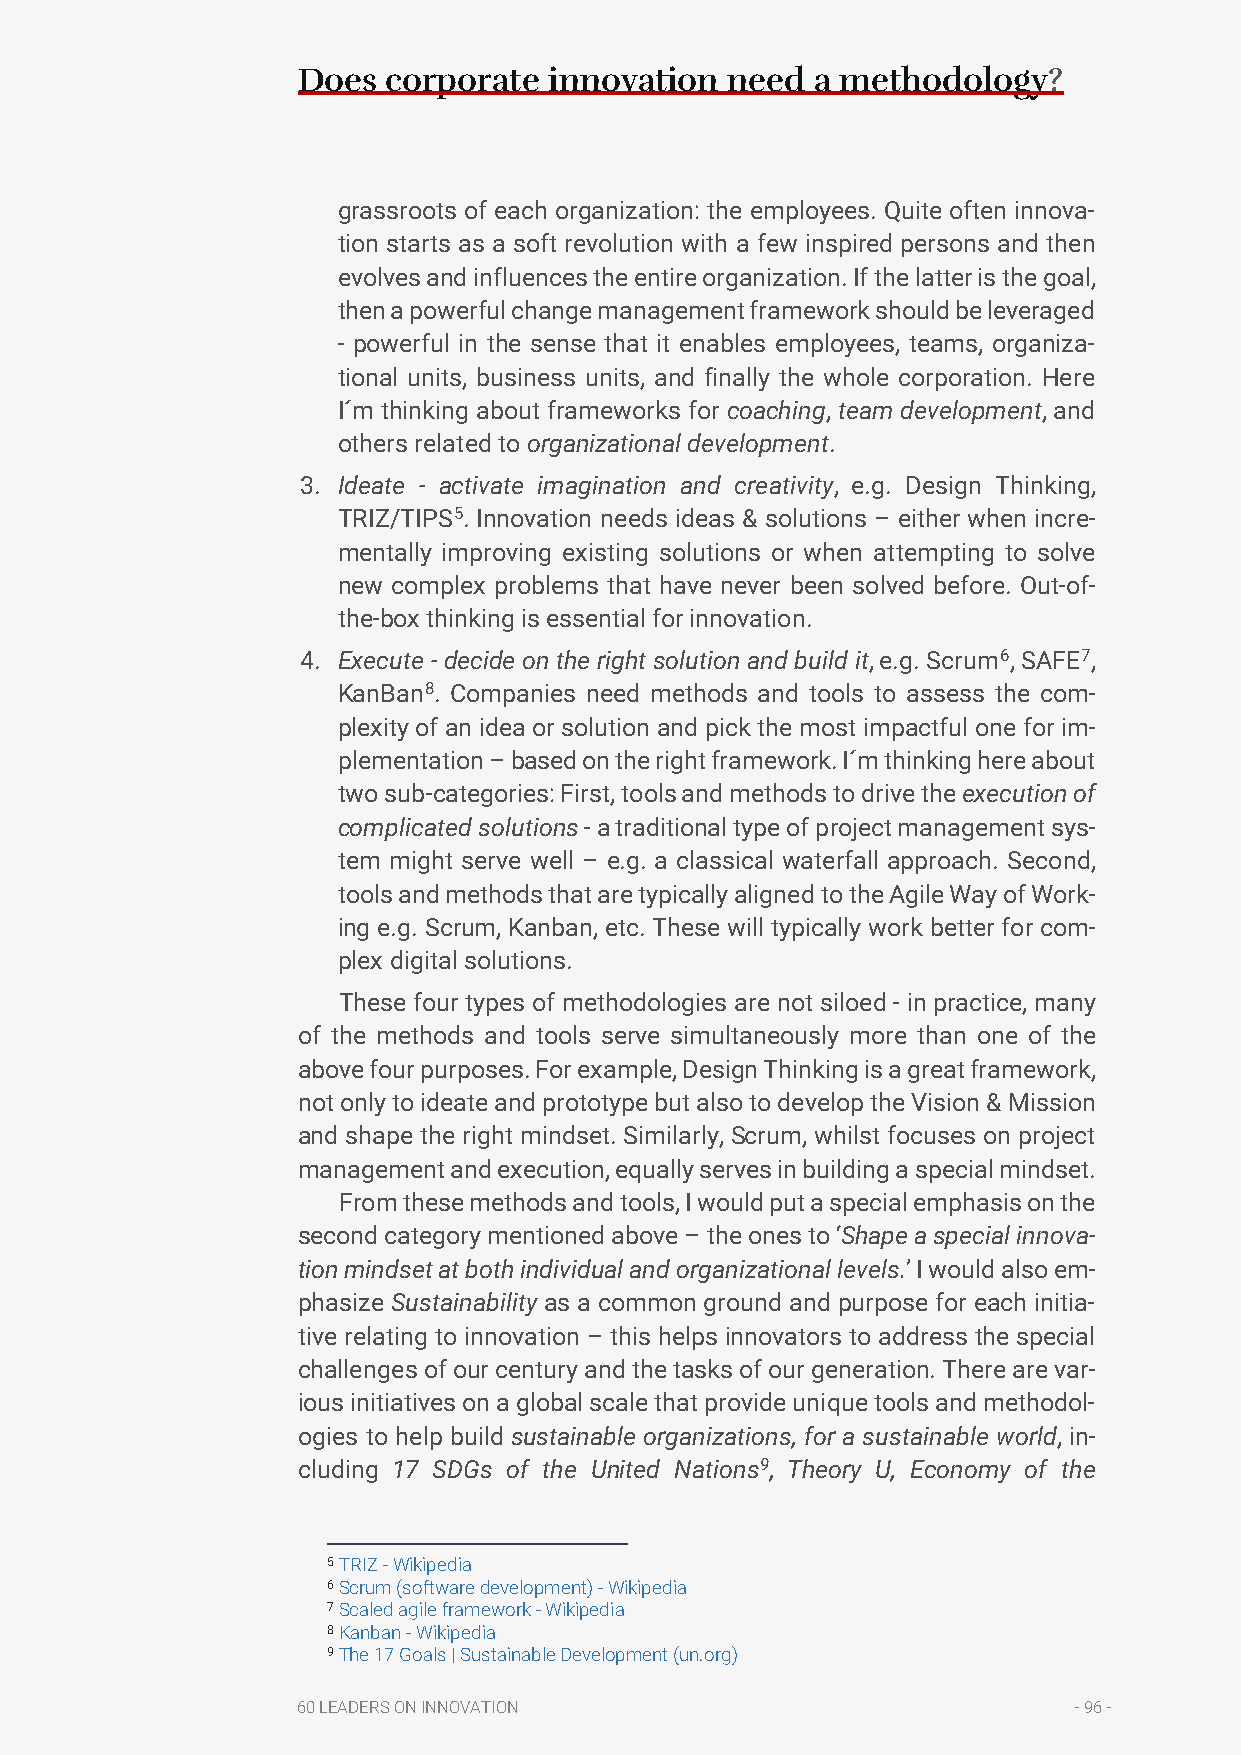
Does  corporate innovation  need  a methodology?
 grassroots of each organization: the employees. Quite often innova-
 tion starts as a soft revolution with a few inspired persons and then
 evolves and influences the entire organization. If the latter is the goal,
 then a powerful change management framework should be leveraged
 - powerful in the sense that it enables employees, teams, organiza-
 tional units, business units, and finally the whole corporation. Here
 I´m thinking about frameworks for coaching, team development, and
 others related to organizational development.
 3. Ideate - activate imagination and creativity, e.g. Design Thinking,
 TRIZ/TIPS5. Innovation needs ideas & solutions – either when incre-
 mentally improving existing solutions or when attempting to solve
 new complex problems that have never been solved before. Out-of-
 the-box thinking is essential for innovation.
 4. Execute - decide on the right solution and build it, e.g. Scrum6, SAFE7,
 KanBan8. Companies need methods and tools to assess the com-
 plexity of an idea or solution and pick the most impactful one for im-
 plementation – based on the right framework. I´m thinking here about
 two sub-categories: First, tools and methods to drive the execution of
 complicated solutions - a traditional type of project management sys-
 tem might serve well – e.g. a classical waterfall approach. Second,
 tools and methods that are typically aligned to the Agile Way of Work-
 ing e.g. Scrum, Kanban, etc. These will typically work better for com-
 plex digital solutions.
 These four types of methodologies are not siloed - in practice, many
 of the methods and tools serve simultaneously more than one of the
 above four purposes. For example, Design Thinking is a great framework,
 not only to ideate and prototype but also to develop the Vision & Mission
 and shape the right mindset. Similarly, Scrum, whilst focuses on project
 management and execution, equally serves in building a special mindset.
 From these methods and tools, I would put a special emphasis on the
 second category mentioned above – the ones to ‘Shape a special innova-
 tion mindset at both individual and organizational levels.’ I would also em-
 phasize Sustainability as a common ground and purpose for each initia-
 tive relating to innovation – this helps innovators to address the special
 challenges of our century and the tasks of our generation. There are var-
 ious initiatives on a global scale that provide unique tools and methodol-
 ogies to help build sustainable organizations, for a sustainable world, in-
 cluding 17 SDGs of the United Nations9, Theory U, Economy of the
 5 TRIZ - Wikipedia
 6 Scrum (software development) - Wikipedia
 7 Scaled agile framework - Wikipedia
 8 Kanban - Wikipedia
 9 The 17 Goals | Sustainable Development (un.org)
 60 LEADERS ON INNOVATION                           - 96 -